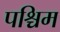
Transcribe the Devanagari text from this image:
पश्चिम